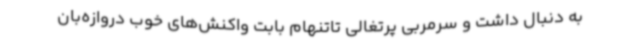
به دنبال داشت و سرمربی پرتغالی تاتنهام بابت واکنش‌های خوب دروازه‌بان